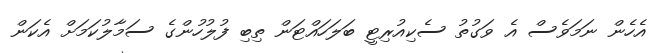
އެހެން ނަމަވެސް އެ ވަގުތު ސެކިއުރިޓީ ބަލަހައްޓަން ތިބި ފުލުހުންގެ ސަމާލުކަމަށް އެކަން